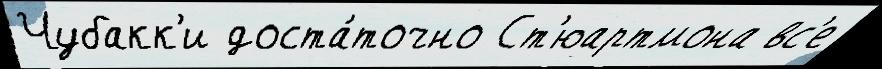
Чубакк'и доста́точно Ст'юартмона вс'е